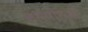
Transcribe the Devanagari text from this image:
कारपोरेट्स